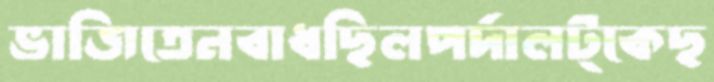
ভাজিতেনবাধছিলপর্দালট্‌কেছ